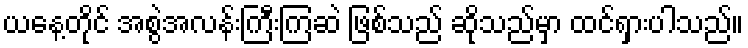
ယနေ့တိုင် အစွဲအလန်းကြီးကြဆဲ ဖြစ်သည် ဆိုသည်မှာ ထင်ရှားပါသည်။